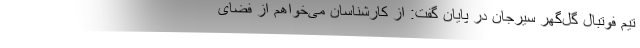
تیم فوتبال گل‌گهر سیرجان در پایان گفت: از کارشناسان می‌خواهم از فضای